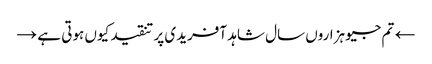
← تم جیو ہزاروں سال	شاہد آفریدی پر تنقید کیوں ہوتی ہے →